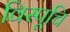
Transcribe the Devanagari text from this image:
विस्पूचि